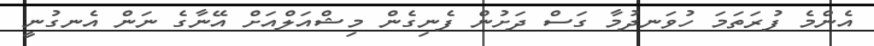
އެންމެ ފުރަތަމަ ހުވަނދުމާ ގަސް ދަށުން ފެނިގެން މިޝްއަލްއަށް އޭނާގެ ނަން އެނގުނީ